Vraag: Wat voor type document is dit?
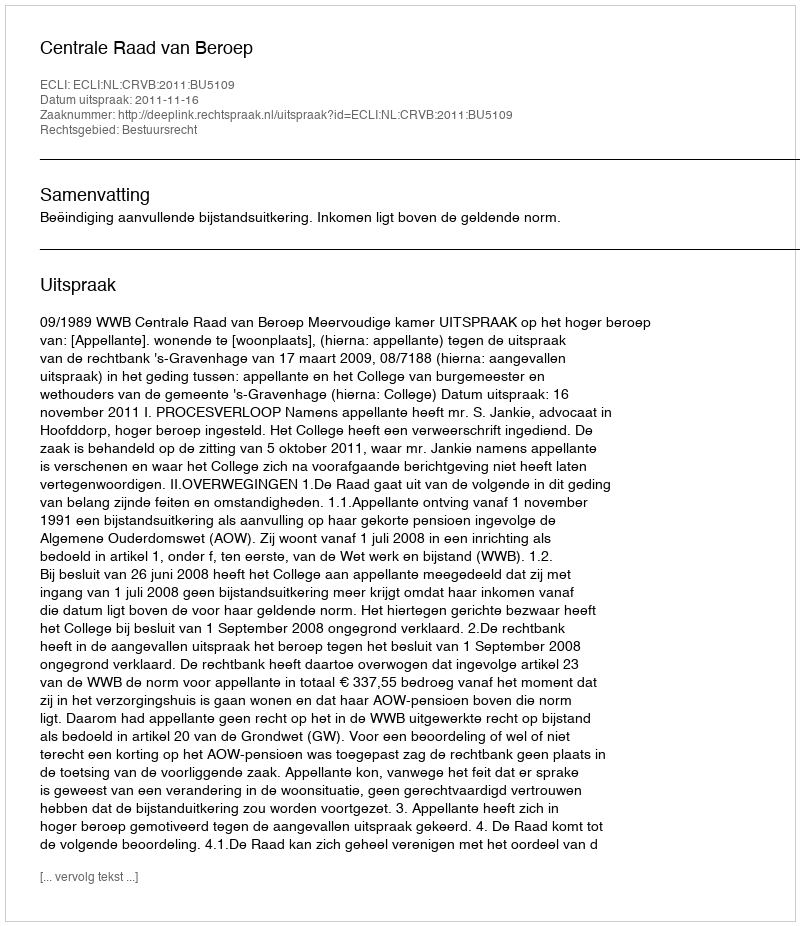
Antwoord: Uitspraak